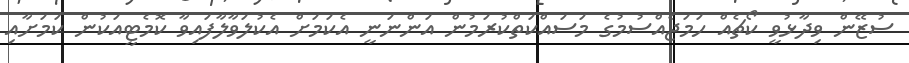
ސުޒޭން ވިދާޅުވީ ކޯޗެއް ހަމަޖެއްސުމުގެ މަސައްކަތްކުރަމުން އަންނަނީ އެކަމަށް އެކުލަވާލާފައިވާ ކޮމެޓީއަކުން ކަމަށާއި